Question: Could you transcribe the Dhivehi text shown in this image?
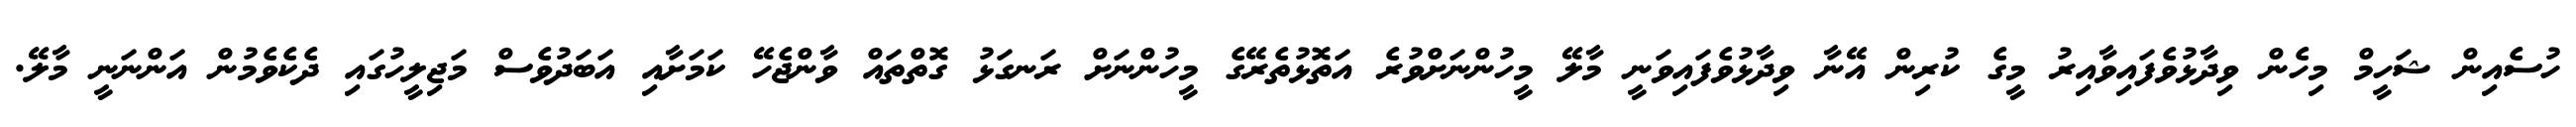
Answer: ހުސެއިން ޝަހީމް މިހެން ވިދާޅުވެފައިވާއިރު މީގެ ކުރިން އޭނާ ވިދާޅުވެފައިވަނީ މާލޭ މީހުންނަށްވުރެ އަތޮޅުތެރޭގެ މީހުންނަށް ރަނގަޅު ގޮތްތައް ވާންޖެހޭ ކަމަށާއި އަބަދުވެސް މަޖިލީހުގައި ދެކެވެމުން އަންނަނީ މާލޭ.